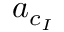
\boldsymbol { a } _ { c _ { I } }